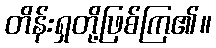
တိန်းရှတို့ဖြစ်ကြ၏။